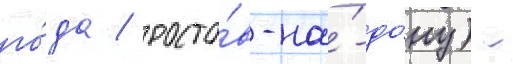
го́да / росто́в-на́-до́ну) -